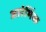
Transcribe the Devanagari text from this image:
आरंभिंक